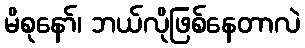
မိစုနော်၊ ဘယ်လိုဖြစ်နေတာလဲ